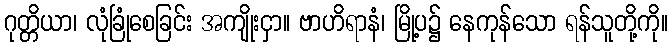
ဂုတ္တိယာ၊ လုံခြုံစေခြင်း အကျိုးငှာ။ ဗာဟိရာနံ၊ မြို့ပ၌ နေကုန်သော ရန်သူတို့ကို။